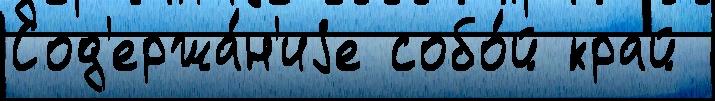
Сод'ержа́н'иjе собо́й край